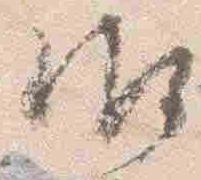
御